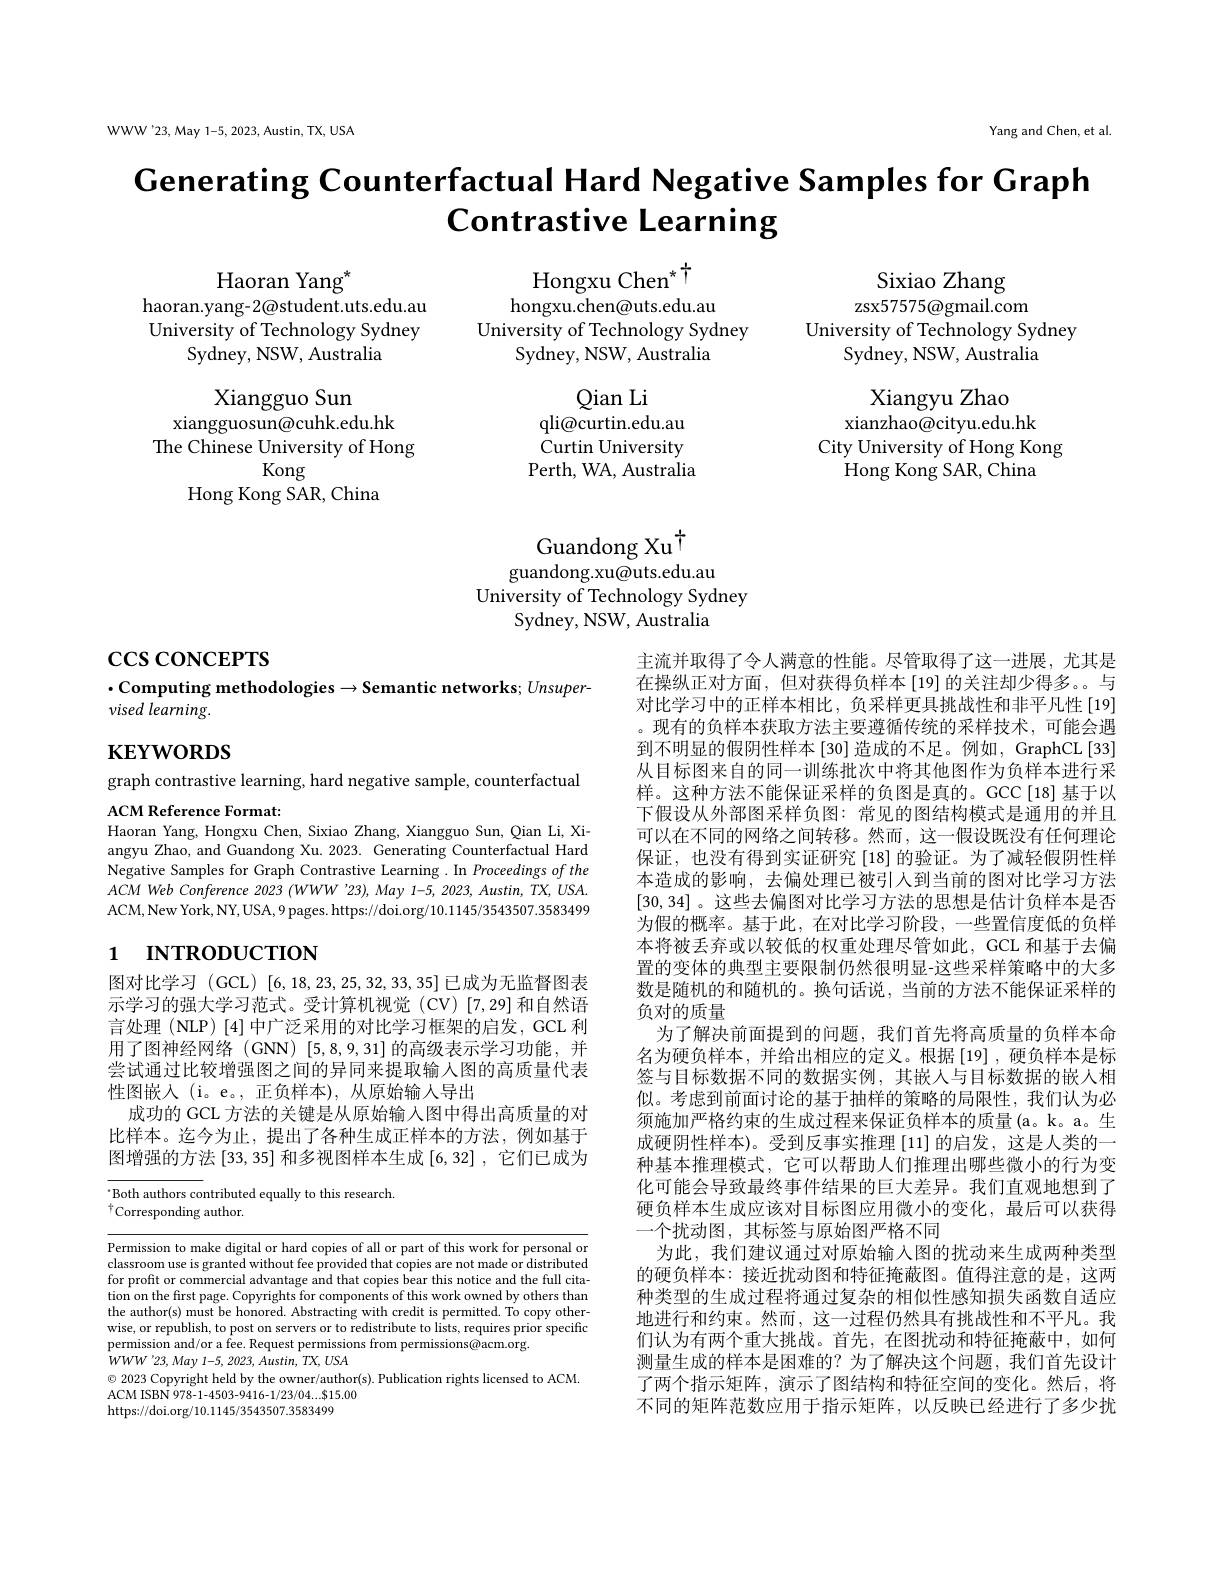
Yang and Chen, et al

WWW'23, May 1-5, 2023, Austin, TX, USA

$\textbf{Generating Counterfactual Hard Negative Samples for Graph}$
Contrastive Learning

$\begin{array}{c}\mathrm{Hongxu~Chen^*}^{\dagger}\\\mathrm{hongxu.chen@uts.edu.au}\end{array}$
University of Technology Sydney
Sydney, NSW, Australia

Haoran Yang$^*$
haoran.yang- 2@student.uts.edu.au University of Technology Sydney
Sydney, NSW, Australia

Sixiao Zhang
zsx57575@gmail.com
University of Technology Sydney
Sydney, NSW, Australia

Xiangyu Zhao
xianzhao@cityu.edu.hk
City University of Hong Kong
Hong Kong SAR, China

Xiangguo Sun
xiangguosun@cuhk.edu.hk
The Chinese University of Hong
Kong
Hong Kong SAR, China

Guandong Xu$^{\dagger}$
guandong.xu@uts.edu.au

University of Technology Sydney
Sydney, NSW, Australia

$\csc\cos$coNCEPTS

$\cdot$Computing methodologies$\to$Semantic networks; Unsuper-
# vised learning.

# $\mathbf{KEYWORDS}$

graph contrastive learning, hard negative sample, counterfactual
ACM Reference Format:

Haoran Yang, Hongxu Chen, Sixiao Zhang, Xiangguo Sun, Qian Li, Xi-

angyu Zhao, and Guandong Xu. 2023. Generating Counterfactual Hard Negative Samples for Graph Contrastive Learning .In Proceedings of the $ACM$ Web Conference 2023 $( WWW\:^{\prime }23) $, May 1-5, 2023, $Austin$, $TX$, $USA.$ ACM,New York, NY, USA, 9 pages. https://doi.org/10.1145/3543507.3583499

# 1 INTRODUCTION

主流并取得了令人满意的性能。尽管取得了这一进展，尤其是在操纵正对方面，但对获得负样本[19]的关注却少得多。与对比学习中的正样本相比，负采样更具挑战性和非平凡性[19] 。现有的负样本获取方法主要遵循传统的采样技术，可能会遇到不明显的假阴性样本[30]造成的不足。例如，GraphCL[33] 从目标图来自的同一训练批次中将其他图作为负样本进行采样。这种方法不能保证采样的负图是真的。GCC[18]基于以下假设从外部图采样负图：常见的图结构模式是通用的并且可以在不同的网络之间转移。然而，这一假设既没有任何理论保证，也没有得到实证研究[18]的验证。为了减轻假阴性样本造成的影响，去偏处理已被引人到当前的图对比学习方法[30,34] 。这些去偏图对比学习方法的思想是估计负样本是否为假的概率。基于此，在对比学习阶段，一些置信度低的负样本将被丢弃或以较低的权重处理尽管如此，GCL 和基于去偏置的变体的典型主要限制仍然很明显-这些采样策略中的大多数是随机的和随机的。换句话说，当前的方法不能保证采样的负对的质量
为了解决前面提到的问题，我们首先将高质量的负样本命名为硬负样本，并给出相应的定义。根据[19],硬负样本是标签与目标数据不同的数据实例，其嵌人与目标数据的嵌人相似。考虑到前面讨论的基于抽样的策略的局限性，我们认为必须施加严格约束的生成过程来保证负样本的质量(a。k。a。生成硬阴性样本)。受到反事实推理[11]的启发，这是人类的一种基本推理模式，它可以帮助人们推理出哪些微小的行为变化可能会导致最终事件结果的巨大差异。我们直观地想到了硬负样本生成应该对目标图应用微小的变化，最后可以获得一个扰动图，其标签与原始图严格不同
为此，我们建议通过对原始输入图的扰动来生成两种类型的硬负样本：接近扰动图和特征掩蔽图。值得注意的是，这两种类型的生成过程将通过复杂的相似性感知损失函数自适应地进行和约束。然而，这一过程仍然具有挑战性和不平凡。我们认为有两个重大挑战。首先，在图扰动和特征掩蔽中，如何测量生成的样本是困难的？为了解决这个问题，我们首先设计了两个指示矩阵，演示了图结构和特征空间的变化。然后，将不同的矩阵范数应用于指示矩阵，以反映已经进行了多少扰

图对比学习 (GCL) [6,18,23,25,32,33,35]已成为无监督图表示学习的强大学习范式。受计算机视觉(CV)[7,29]和自然语言处理(NLP)[4]中广泛采用的对比学习框架的启发，GCL 利用了图神经网络(GNN)[5,8,9,31]的高级表示学习功能，并尝试通过比较增强图之间的异同来提取输人图的高质量代表性图嵌入 (i。e。,正负样本), 从原始输入导出
成功的 GCL 方法的关键是从原始输入图中得出高质量的对比样本。迄今为止，提出了各种生成正样本的方法，例如基于图增强的方法[33,35]和多视图样本生成[6,32],它们已成为

Both authors contributed equally to this research.
$^{\dagger}$Corresponding author.

Permission to make digital or hard copies of all or part of this work for personal or classroom use is granted without fee provided that copies are not made or distributed for profit or commercial advantage and that copies bear this notice and the full citation on the first page. Copyrights for components of this work owned by others than the author(s) must be honored. Abstracting with credit is permitted. To copy otherwise, or republish, to post on servers or to redistribute to lists, requires prior specific permission and/or a fee. Request permissions from permissions@acm.org.
$WWW^{\prime }23, May$ 1-5, 2023, $Austin$, $TX$, $USA$
$\odot$ 2023 Copyright held by the owner/author(s). Publication rights licensed to ACM.
ACM ISBN 978-1-4503-9416-1/23/04....815.00
https://doi.org/10.1145/3543507.3583499